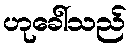
ဟုခေါ်သည်